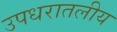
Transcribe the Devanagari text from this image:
उपधरातलीय